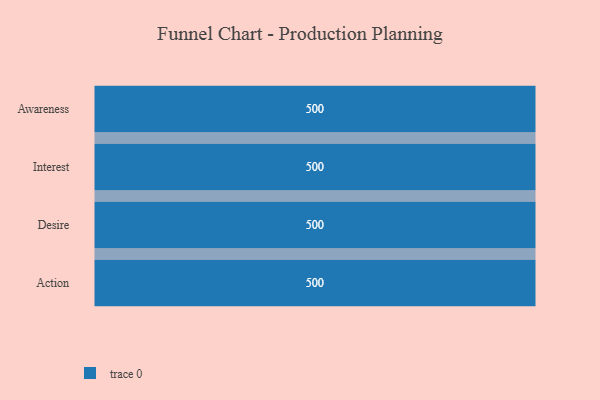
{"axis": {"x": "Stage", "y": "Value"}, "legend": [""], "data": [{"x": "Awareness", "y": 500, "type": ""}, {"x": "Interest", "y": 500, "type": ""}, {"x": "Desire", "y": 500, "type": ""}, {"x": "Action", "y": 500, "type": ""}]}